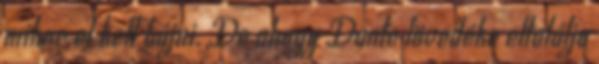
mikor el kell bújni. De ahogy Dante lövedéke eltalálja